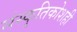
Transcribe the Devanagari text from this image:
संस्कृतिकोशही